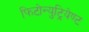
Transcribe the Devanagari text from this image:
फिटोन्युट्रियेण्ट